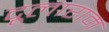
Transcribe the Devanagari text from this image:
दूलाराम